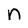
Character: n